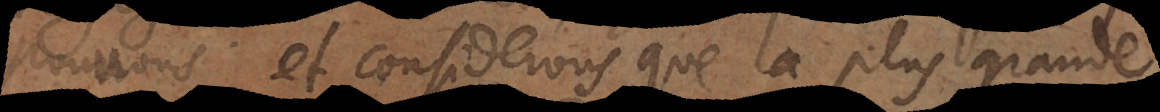
pouvons et considerons que la plus grande